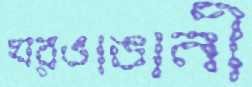
ঘরভাঙানী